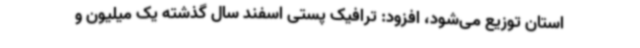
استان توزیع می‌شود، افزود: ترافیک پستی اسفند سال گذشته یک میلیون و